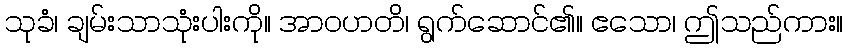
သုခံ၊ ချမ်းသာသုံးပါးကို။ အာဝဟတိ၊ ရွက်ဆောင်၏။ ဧသော၊ ဤသည်ကား။